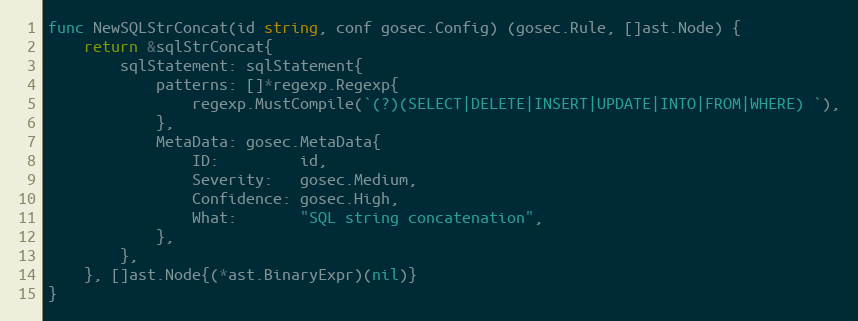
Language: Go
func NewSQLStrConcat(id string, conf gosec.Config) (gosec.Rule, []ast.Node) {
	return &sqlStrConcat{
		sqlStatement: sqlStatement{
			patterns: []*regexp.Regexp{
				regexp.MustCompile(`(?)(SELECT|DELETE|INSERT|UPDATE|INTO|FROM|WHERE) `),
			},
			MetaData: gosec.MetaData{
				ID:         id,
				Severity:   gosec.Medium,
				Confidence: gosec.High,
				What:       "SQL string concatenation",
			},
		},
	}, []ast.Node{(*ast.BinaryExpr)(nil)}
}